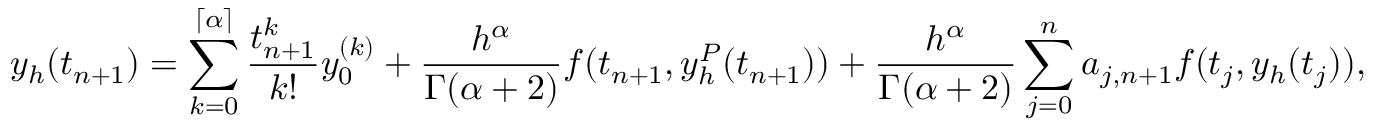
y _ { h } ( t _ { n + 1 } ) = \sum _ { k = 0 } ^ { \left\lceil { \alpha } \right\rceil } \frac { t _ { n + 1 } ^ { k } } { k ! } y _ { 0 } ^ { ( k ) } + \frac { h ^ { \alpha } } { \Gamma ( \alpha + 2 ) } f ( t _ { n + 1 } , y _ { h } ^ { P } ( t _ { n + 1 } ) ) + \frac { h ^ { \alpha } } { \Gamma ( \alpha + 2 ) } \sum _ { j = 0 } ^ { n } a _ { j , n + 1 } f ( t _ { j } , y _ { h } ( t _ { j } ) ) ,